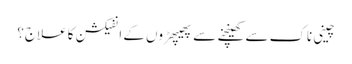
چینی ناک سے کھینچنے سے پھیپھڑوں کے انفیکشن کا علاج؟